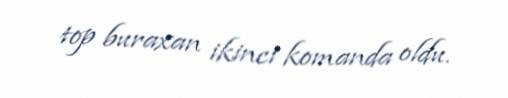
top buraxan ikinci komanda oldu.